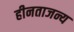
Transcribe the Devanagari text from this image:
हीनताजन्य